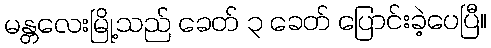
မန္တလေးမြို့သည် ခေတ် ၃ ခေတ် ပြောင်းခဲ့ပေပြီ။